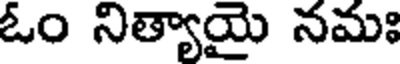
ఓం నిత్యాయై నమః